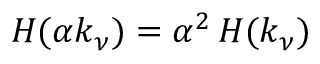
H ( \alpha k _ { \nu } ) = \alpha ^ { 2 } \, H ( k _ { \nu } )